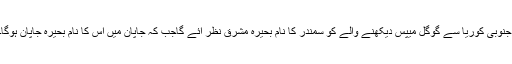
جنوبی کوریا سے گوگل میپس دیکھنے والے کو سمندر کا نام بحیرہ مشرق نظر آئے گاجب کہ جاپان میں اس کا نام بحیرہ جاپان ہوگا۔